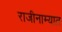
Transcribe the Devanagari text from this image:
राजीनाम्यात